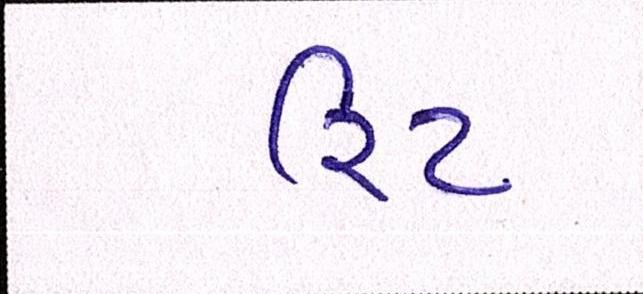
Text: રિટ